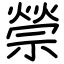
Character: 禜